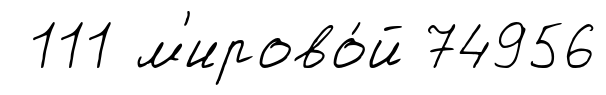
111 м'ирово́й 74956